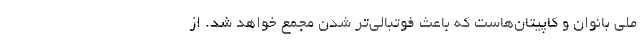
ملی بانوان و کاپیتان‌هاست که باعث فوتبالی‌تر شدن مجمع خواهد شد. از